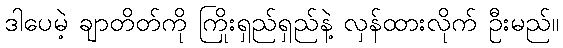
ဒါပေမဲ့ ချာတိတ်ကို ကြိုးရှည်ရှည်နဲ့ လှန်ထားလိုက် ဦးမည်။